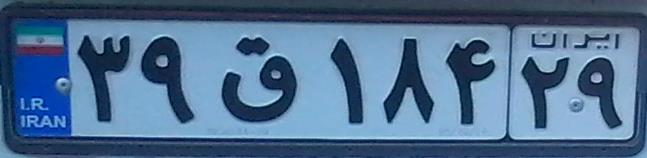
۳۹ق۱۸۴۲۹